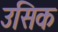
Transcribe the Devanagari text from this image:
उसिक